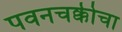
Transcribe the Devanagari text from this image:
पवनचक्कीचा